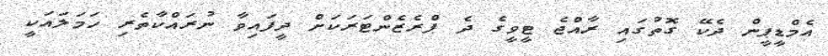
އެމްޑީޕީން ދެކޭ ގޮތުގައި ރާއްޖެ ޓީވީގެ ދެ ޕްރެޒެންޓަރަކަށް ދީފައިވާ ނުރައްކާތެރި ހަމަލައަކީ